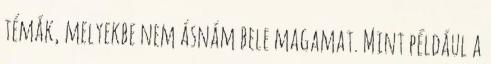
témák, melyekbe nem ásnám bele magamat. Mint például a